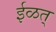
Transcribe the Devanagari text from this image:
ईळत्